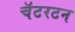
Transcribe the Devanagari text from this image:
चॅटरटन